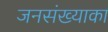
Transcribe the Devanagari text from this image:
जनसंख्याका